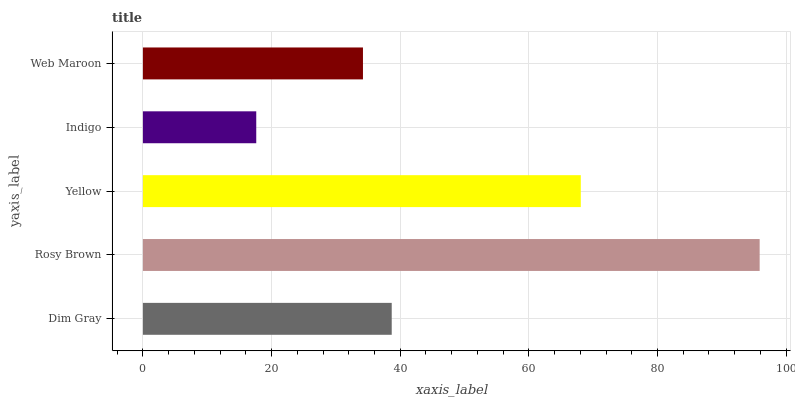
| yaxis_label | bars |
 | --- | --- |
 | Dim Gray | 38.7 |
 | Rosy Brown | 95.9 |
 | Yellow | 68.1 |
 | Indigo | 17.6 |
 | Web Maroon | 34.2 |